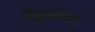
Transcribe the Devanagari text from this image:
विद्दुल्लेखा